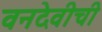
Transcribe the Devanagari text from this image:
वनदेवीची